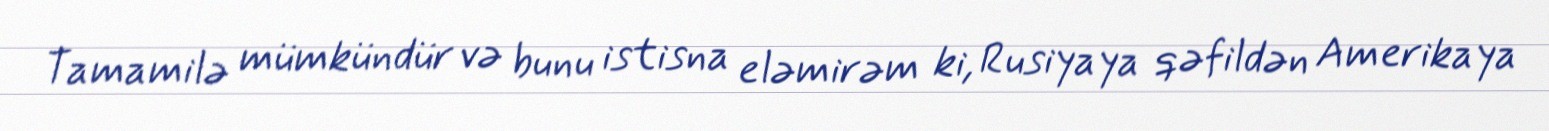
Tamamilə mümkündür və bunu istisna eləmirəm ki, Rusiyaya qəfildən Amerikaya